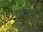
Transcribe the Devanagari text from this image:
उदीची